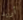
أريد